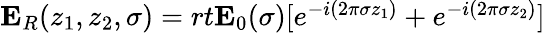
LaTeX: \begin{array}{r}{\mathbf{E}_{R}(z_{1},z_{2},\sigma)=rt\mathbf{E}_{0}(\sigma)[e^{-i(2\pi\sigma z_{1})}+e^{-i(2\pi\sigma z_{2})}]}\end{array}